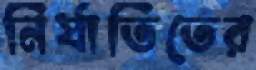
নির্যাতিতের